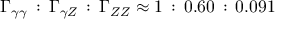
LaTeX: \Gamma _ { \gamma \gamma } \, : \, \Gamma _ { \gamma Z } \, : \, \Gamma _ { Z Z } \approx 1 \, : \, 0 . 6 0 \, : \, 0 . 0 9 1